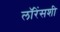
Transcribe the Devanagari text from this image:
लॉरेंसशी